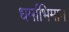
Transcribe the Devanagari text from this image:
धर्माभिमान